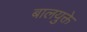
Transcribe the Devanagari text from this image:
बालयुक्ते